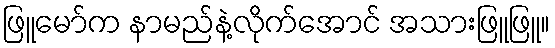
ဖြူမော်က နာမည်နဲ့လိုက်အောင် အသားဖြူဖြူ။